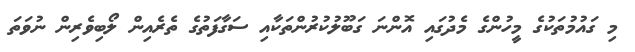
މި ގައުމުތަކުގެ މީހުންގެ މެދުގައި އޮންނަ ގަބޫލުކުރުންތަކާއި ސަގާފަތުގެ ތެރެއިން ލޯބިވެރިން ނުވަތަ